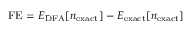
\mathrm { F E } = E _ { \mathrm { D F A } } [ n _ { \mathrm { e x a c t } } ] - E _ { \mathrm { e x a c t } } [ n _ { \mathrm { e x a c t } } ]